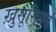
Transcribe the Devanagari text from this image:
ख़ुसूसियत